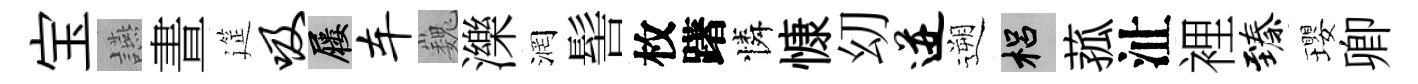
宝讌晝筵吸屨车巍濼润髻枚躇憐慷㓜迸遡梠菰沚裡臻瓔卿